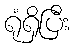
ရုံရှိပြီး